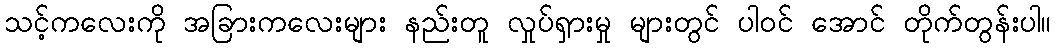
သင့်ကလေးကို အခြားကလေးများ နည်းတူ လှုပ်ရှားမှု များတွင် ပါဝင် အောင် တိုက်တွန်းပါ။